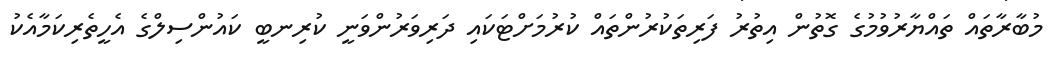
މުބާރާތައް ތައްޔާރުވުމުގެ ގޮތުން އިތުރު ފަރިތަކުރުންތައް ކުރުމަށްޓަކައި ދަރިވަރުންވަނީ ކުރިނބީ ކައުންސިލްގެ އެހީތެރިކަމާއެކު